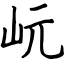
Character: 岏